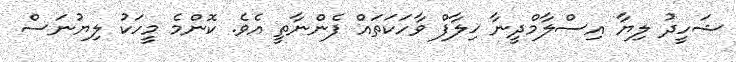
ޝަހީދު ލިޔާ އިސްލާމްދީނާ ޚިލާފް ވާހަކަތައް ފެންނާތީ އެވެ. ކޮންމެ މީހަކު ލިޔުނަސް